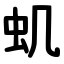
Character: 虮